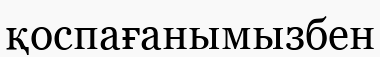
қоспағанымызбен